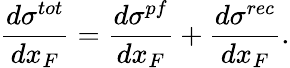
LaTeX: \frac{d\sigma^{tot}}{dx_{F}}=\frac{d\sigma^{pf}}{dx_{F}}+\frac{d\sigma^{rec}}{dx_{F}}.